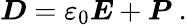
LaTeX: {\boldsymbol{D}}=\varepsilon_{0}{\boldsymbol{E}}+{\boldsymbol{P}}\ .